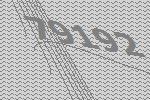
79192